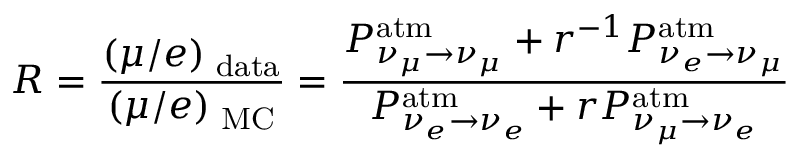
R = \frac { ( \mu / e ) _ { \mathrm { \scriptsize ~ d a t a } } } { ( \mu / e ) _ { \mathrm { \scriptsize ~ M C } } } = \frac { P _ { \nu _ { \mu } \to \nu _ { \mu } } ^ { \mathrm { a t m } } + r ^ { - 1 } P _ { \nu _ { e } \to \nu _ { \mu } } ^ { \mathrm { a t m } } } { P _ { \nu _ { e } \to \nu _ { e } } ^ { \mathrm { a t m } } + r P _ { \nu _ { \mu } \to \nu _ { e } } ^ { \mathrm { a t m } } }